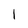
Character: I